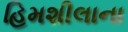
હિમશીલાના